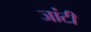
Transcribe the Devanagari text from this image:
जांटी